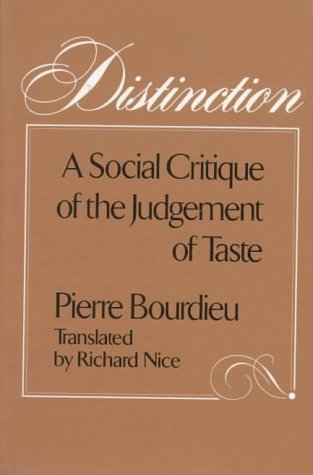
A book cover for Distinction: A Social Critique of the Judgement of Taste; Pierre Bourdieu; Politics & Social Sciences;